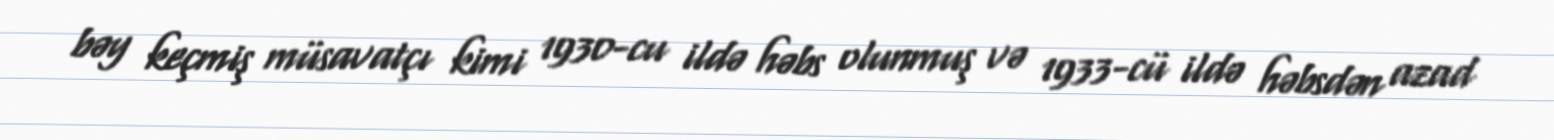
bəy keçmiş müsavatçı kimi 1930-cu ildə həbs olunmuş və 1933-cü ildə həbsdən azad